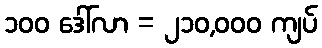
၁၀၀ ဒေါ်လာ = ၂၁၀,၀၀၀ ကျပ်